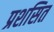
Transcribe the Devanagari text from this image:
प्रशसित